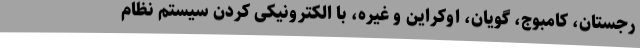
رجستان، کامبوج، گویان، اوکراین و غیره، با الکترونیکی کردن سیستم نظام